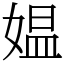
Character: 媪